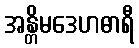
အန္တိမဒေဟဓာရီ